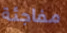
مفاجئة